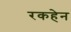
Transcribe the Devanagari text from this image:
रकहेन